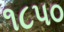
૧૮પ૦